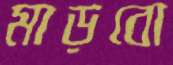
মাড়বো